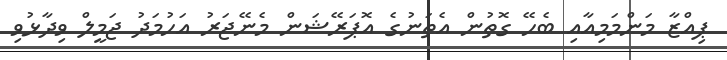
ޕިއްޒާ މަންމަމިއާއި ބެހޭ ގޮތުން އެތަނުގެ އޮޕަރޭޝަން މެނޭޖަރު އަހުމަދު ޖަމީލް ވިދާޅުވި